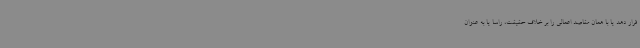
قرار دهد یا با همان مقاصد اعمالی را بر خلاف حقیقت، راسا یا به عنوان